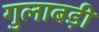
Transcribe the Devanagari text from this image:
गुलाबड़ी